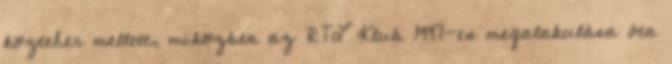
közteher mellett, miközben az RTL Klub 1997-es megalakulása óta